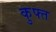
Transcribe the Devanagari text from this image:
कुफ्त